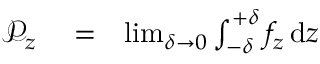
\begin{array} { r l r } { \mathcal { P } _ { z } } & { { } = } & { \operatorname* { l i m } _ { \delta \to 0 } \int _ { - \delta } ^ { + \delta } f _ { z } \, \mathrm { d } z } \end{array}